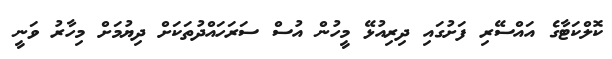
ކޮލްކަޓާގެ އައްސޭރި ފަށުގައި ދިރިއުޅޭ މީހުން އުސް ސަރަހައްދުތަކަށް ދިޔުމަށް މިހާރު ވަނީ